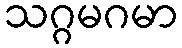
သဂ္ဂမဂမာ